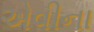
એવીના